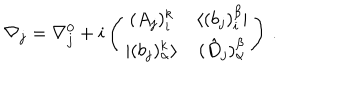
\nabla _ { j } = \nabla _ { j } ^ { 0 } + i \left( \begin{array} { c c } { { ( A _ { j } ) _ { i } ^ { k } } } & { { \langle ( b _ { j } ) _ { i } ^ { \beta } | } } \\ { { | ( b _ { j } ) _ { \alpha } ^ { k } \rangle } } & { { ( \hat { D } _ { j } ) _ { \alpha } ^ { \beta } } } \\ \end{array} \right) \, .